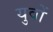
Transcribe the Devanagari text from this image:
युवों